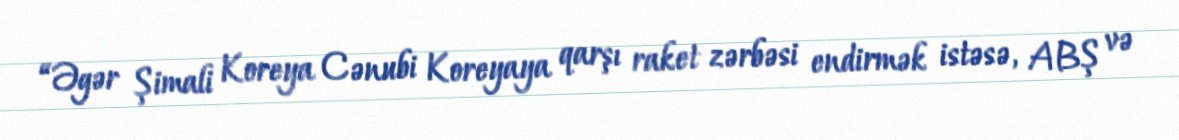
“Əgər Şimali Koreya Cənubi Koreyaya qarşı raket zərbəsi endirmək istəsə, ABŞ və